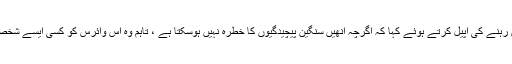
گورنر نے نوجوان گروپوں کو چوکس رہنے کی اپیل کرتے ہوئے کہا کہ اگرچہ انھیں سنگین پیچیدگیوں کا خطرہ نہیں ہوسکتا ہے ، تاہم وہ اس وائرس کو کسی ایسے شخص تک پہنچا سکتے ہیں جو اس کا ہے۔